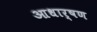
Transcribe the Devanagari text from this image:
आधार्षण